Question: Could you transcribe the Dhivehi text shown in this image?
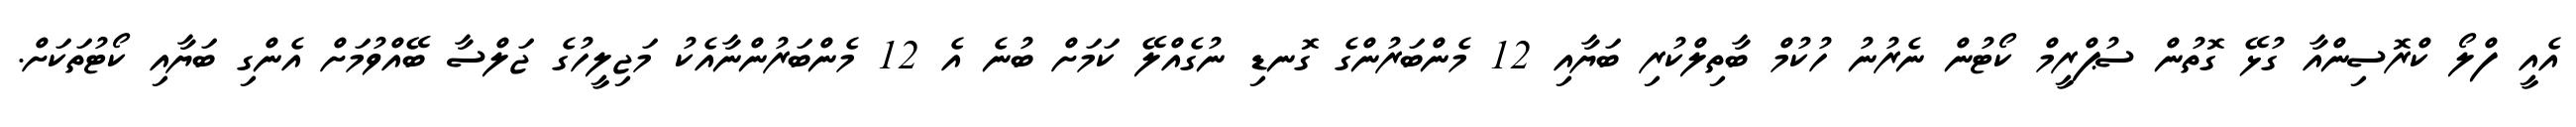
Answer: އެއީ ފްލޯ ކްރޮސިންއާ ގުޅޭ ގޮތުން ސުޕްރީމް ކޯޓުން ނެރުނު ހުކުމް ބާތިލްކުރި ބަޔާއި 12 މެންބަރުންގެ ގޮނޑި ނުގެއްލޭ ކަމަށް ބުނެ އެ 12 މެންބަރުންނާއެކު މަޖިލީހުގެ ޖަލްސާ ބޭއްވުމަށް އެންގި ބަޔާއި ކޯޓުތަކަށް.